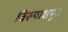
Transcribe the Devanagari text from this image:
विरुपाक्षपुरा